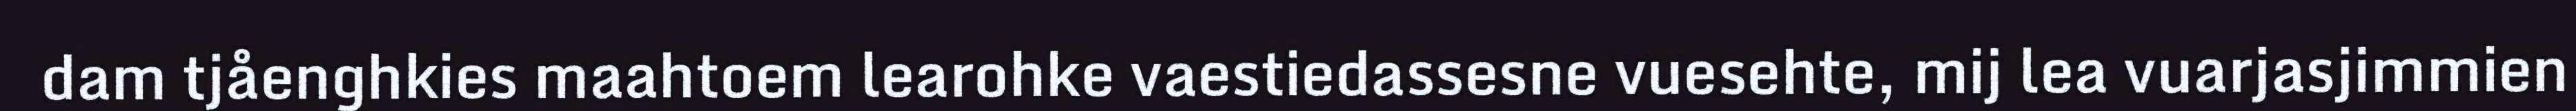
dam tjåenghkies maahtoem learohke vaestiedassesne vuesehte, mij lea vuarjasjimmien